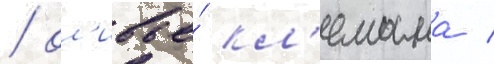
/ ол'ивье́ кл'емана /